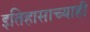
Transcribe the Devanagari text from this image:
इतिहासाच्याही